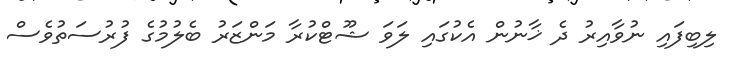
ލިބިފައި ނުވާއިރު ދެ ޚާނުން އެކުގައި ލަވަ ޝޫޓްކުރާ މަންޒަރު ބެލުމުގެ ފުރުސަތުވެސް